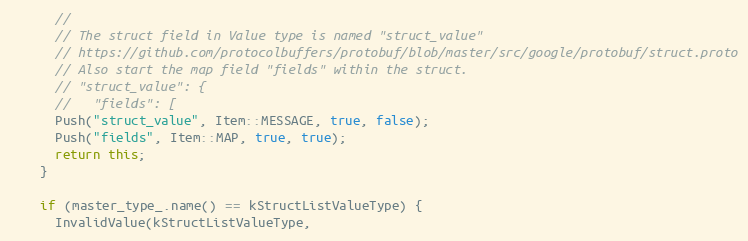
Language: C++
      //
      // The struct field in Value type is named "struct_value"
      // https://github.com/protocolbuffers/protobuf/blob/master/src/google/protobuf/struct.proto
      // Also start the map field "fields" within the struct.
      // "struct_value": {
      //   "fields": [
      Push("struct_value", Item::MESSAGE, true, false);
      Push("fields", Item::MAP, true, true);
      return this;
    }

    if (master_type_.name() == kStructListValueType) {
      InvalidValue(kStructListValueType,